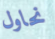
نحاول